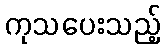
ကုသပေးသည့်